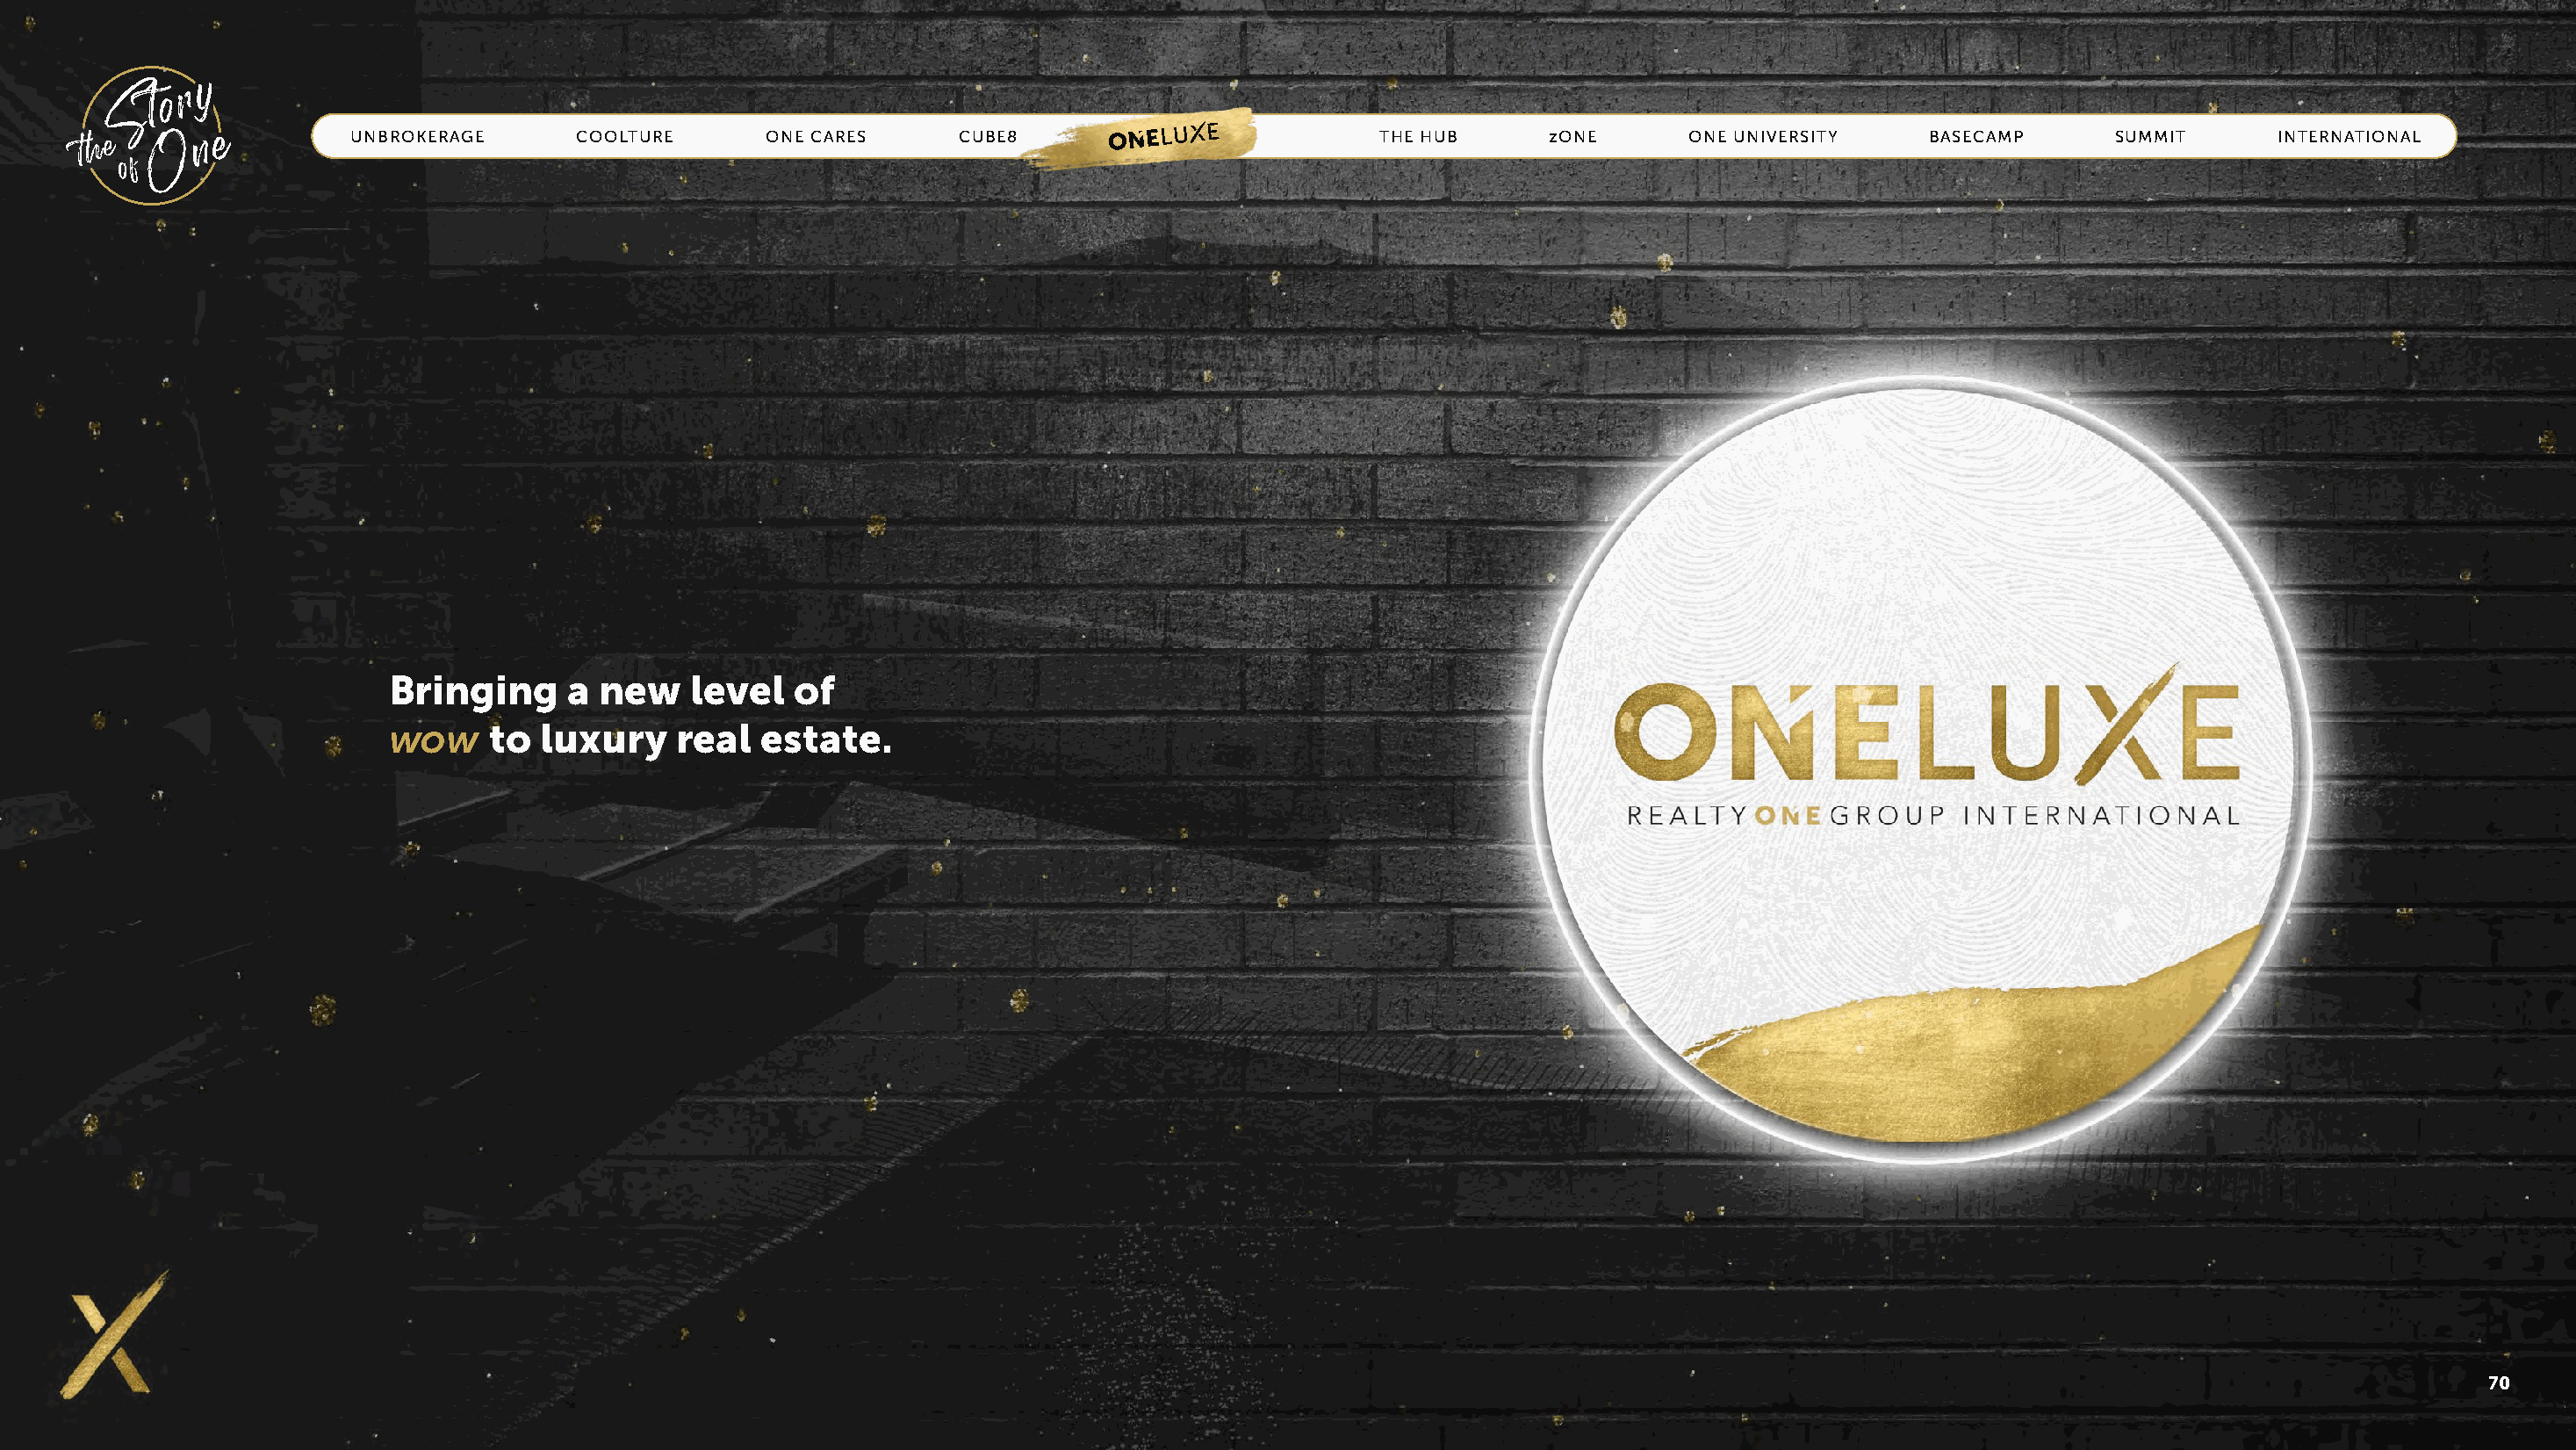
UNBROKERAGE      COOLTURE       ONE CARES     CUBE8       ONE LUXE            THE HUB      zONE      ONE UNIVERSITY    BASECAMP       SUMMIT      INTERNATIONAL
 Bringing      a new    level   of
 wow     to  luxury    real  estate.
 70